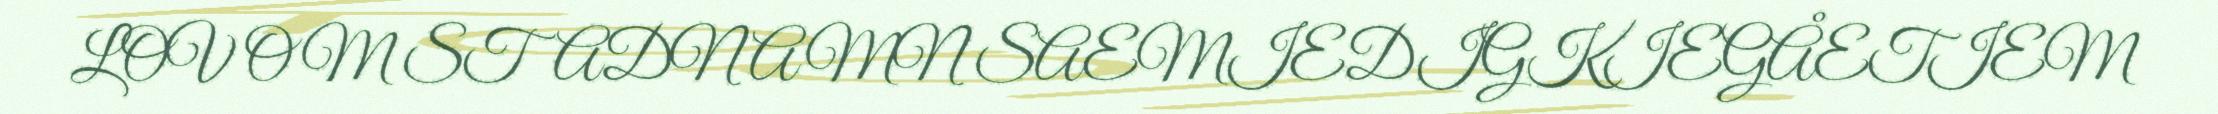
LOV OM STADNAMN SAEMIEDIGKIEGÅETIEM